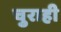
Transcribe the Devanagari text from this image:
चुराही